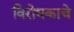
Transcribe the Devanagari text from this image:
विरोधकाचे